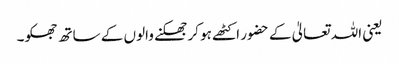
یعنی اللہ تعالیٰ کے حضور اکٹھے ہو کر جھکنے والوں کے ساتھ جھکو۔